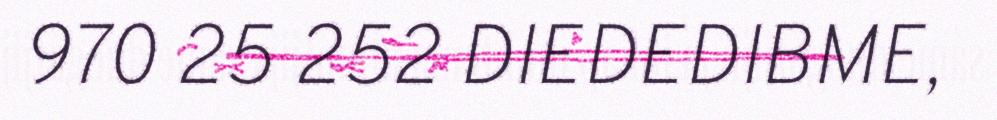
970 25 252 DIEDEDIBME,